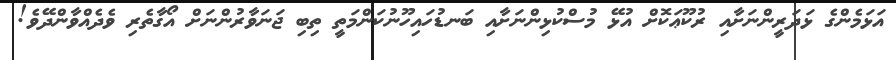
އަޅަމެންގެ ޅަދަރީންނަށާއި ރުކޫޢަކޮށް އުޅޭ މުސްކުޅިންނަށާއި ބަނޑުހައިހޫނުކަންމަތީ ތިބި ޖަނަވާރުންނަށް އޯގާތެރި ވެދެއްވާންދޭވެ!